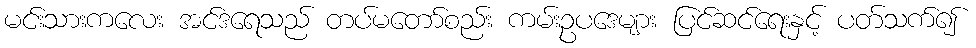
မင်းသားကလေး အင်ဒရေသည် တပ်မတော်စည်း ကမ်းဥပဒေများ ပြင်ဆင်ရေးနှင့် ပတ်သက်၍